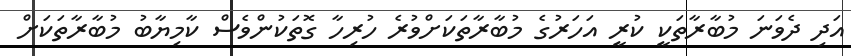
އަދި ދެވަނަ މުބާރާތަކީ ކުރީ އަހަރުގެ މުބާރާތަކަށްވުރެ ހުރިހާ ގޮތަކުންވެސް ކާމިޔާބު މުބާރާތަކަށް